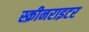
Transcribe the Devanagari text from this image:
स्क्रीनराइटर